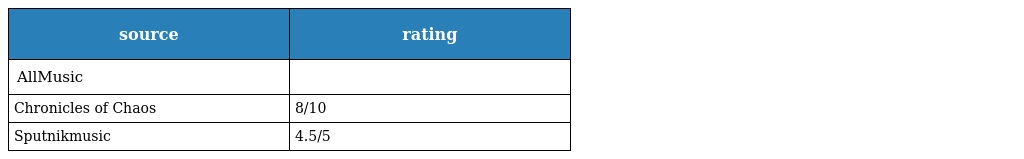
| source | rating |
 | --- | --- |
 | AllMusic |  |
 | Chronicles of Chaos | 8/10 |
 | Sputnikmusic | 4.5/5 |